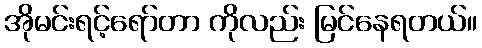
အိုမင်းရင့်ရော်တာ ကိုလည်း မြင်နေရတယ်။